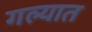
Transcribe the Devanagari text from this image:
गल्यात